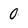
Character: 0